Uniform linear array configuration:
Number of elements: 12
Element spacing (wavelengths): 0.5
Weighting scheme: cosine
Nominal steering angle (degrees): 0
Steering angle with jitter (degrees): -0.2494
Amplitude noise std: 0.05
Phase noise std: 0.05

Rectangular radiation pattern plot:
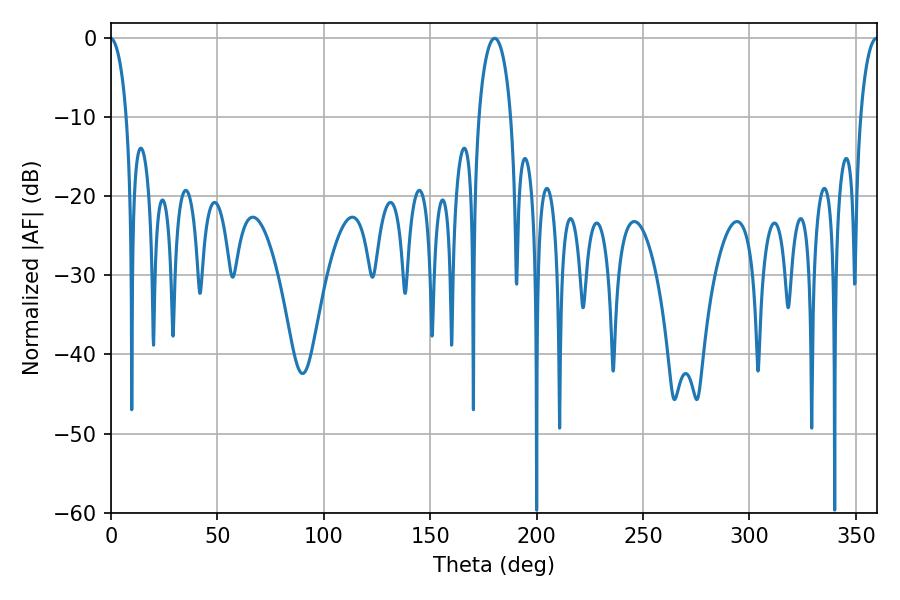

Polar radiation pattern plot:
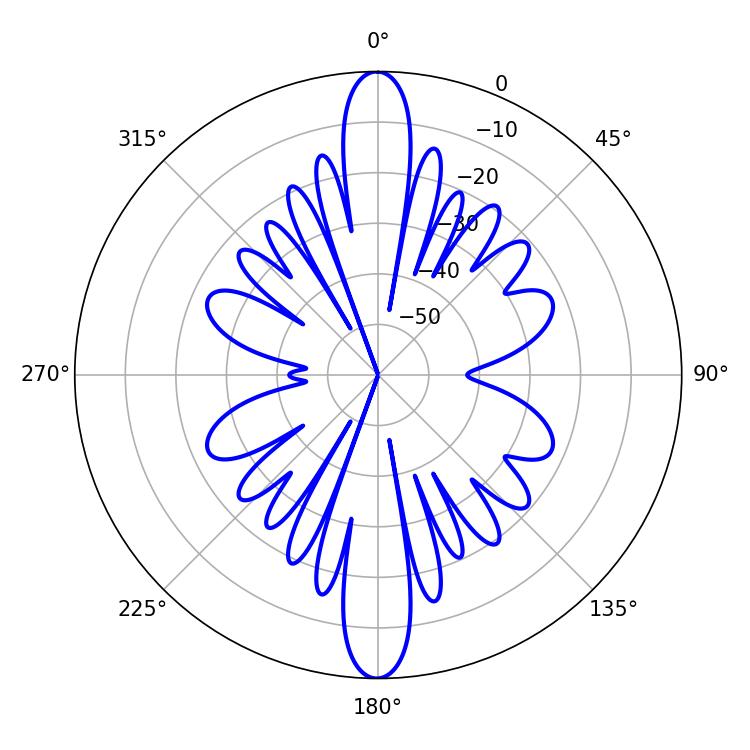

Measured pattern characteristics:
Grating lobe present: FALSE
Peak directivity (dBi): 33.852
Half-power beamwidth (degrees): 8.64
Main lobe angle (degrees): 180.36